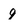
Character: q